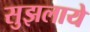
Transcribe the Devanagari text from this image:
सुझलाये